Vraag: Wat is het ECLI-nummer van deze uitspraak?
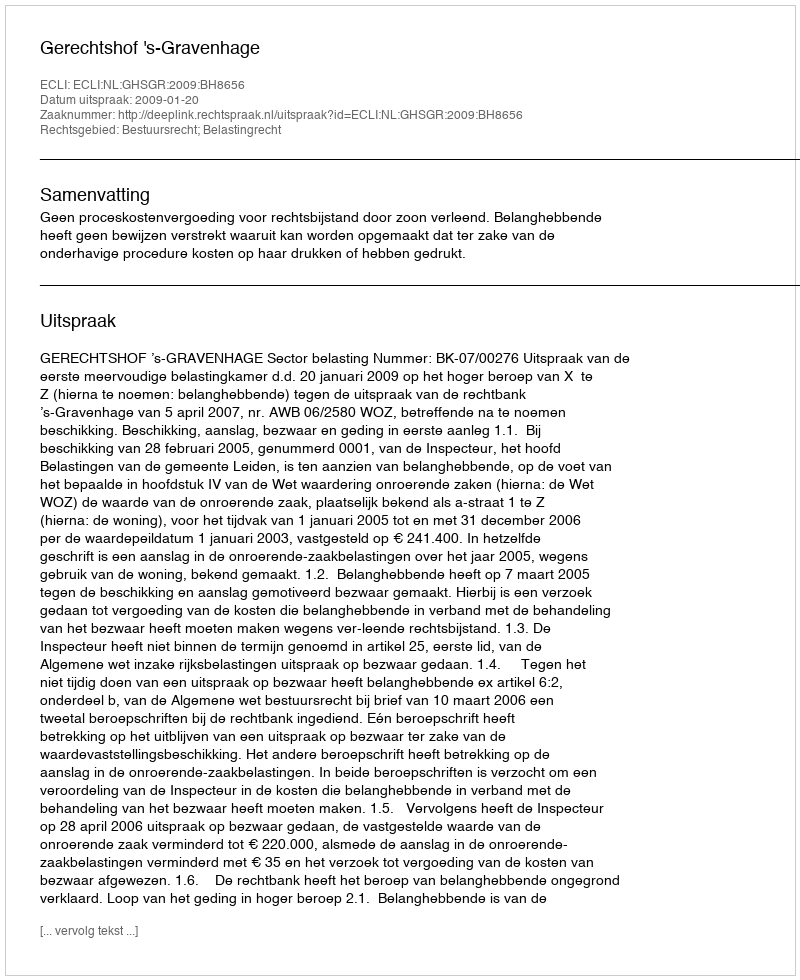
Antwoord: ECLI:NL:GHSGR:2009:BH8656